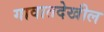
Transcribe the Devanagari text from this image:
गावातदेखील